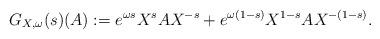
LaTeX: \begin{align*}G_{X,\omega}(s) (A) := e^{\omega s} X^s A X^{-s} + e^{\omega (1-s)} X^{1-s} A X^{-(1-s)}.\end{align*}